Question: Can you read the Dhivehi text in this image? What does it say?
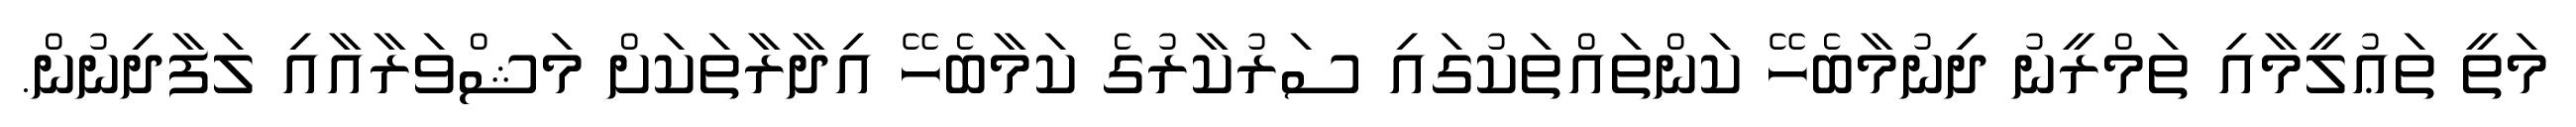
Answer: މަތީ ތަޢުލީމާއި ތަމްރީނު ދިނުމާބެހޭ ކަންތައްތަކުގައި ސަރުކާރުގެ ކަމާބެހޭ އިދާރާތަކަށް މަޝްވަރާއާއި ލަފާދިނުން.